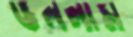
ডললাম